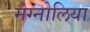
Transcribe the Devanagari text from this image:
मेग्नोलिया